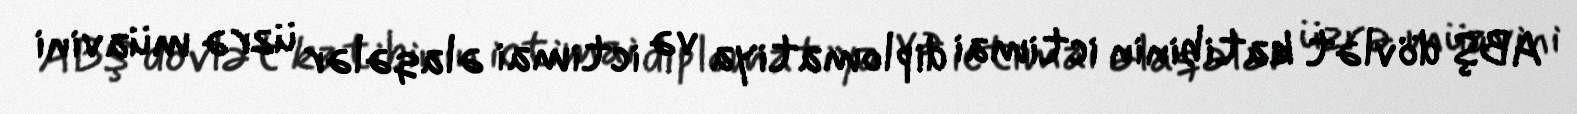
ABŞ dövlət katibinin ictimai diplomatiya və ictimai əlaqələr üzrə müavini